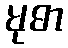
မုဓာ